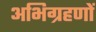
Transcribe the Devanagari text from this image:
अभिग्रहणों